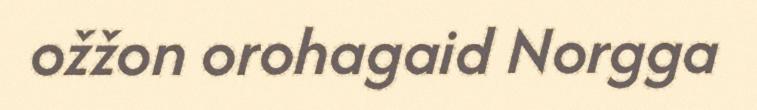
ožžon orohagaid Norgga